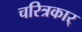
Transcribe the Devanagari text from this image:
चरित्रकार्